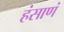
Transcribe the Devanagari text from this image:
हंसाणं